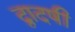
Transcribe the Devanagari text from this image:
द्वादषी